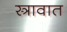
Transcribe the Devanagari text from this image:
स्त्रावात